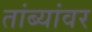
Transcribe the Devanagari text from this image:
तांब्यांवर